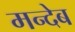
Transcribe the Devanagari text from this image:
मन्देब